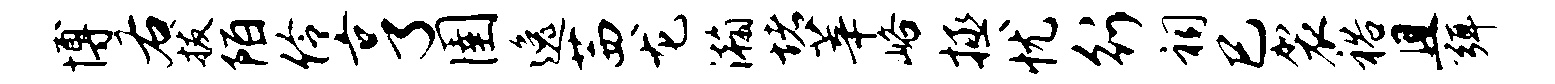
博右拔陌伶亨圉逸茜龙瀚堵莘峪拯忧行祠巳袈裕且弭